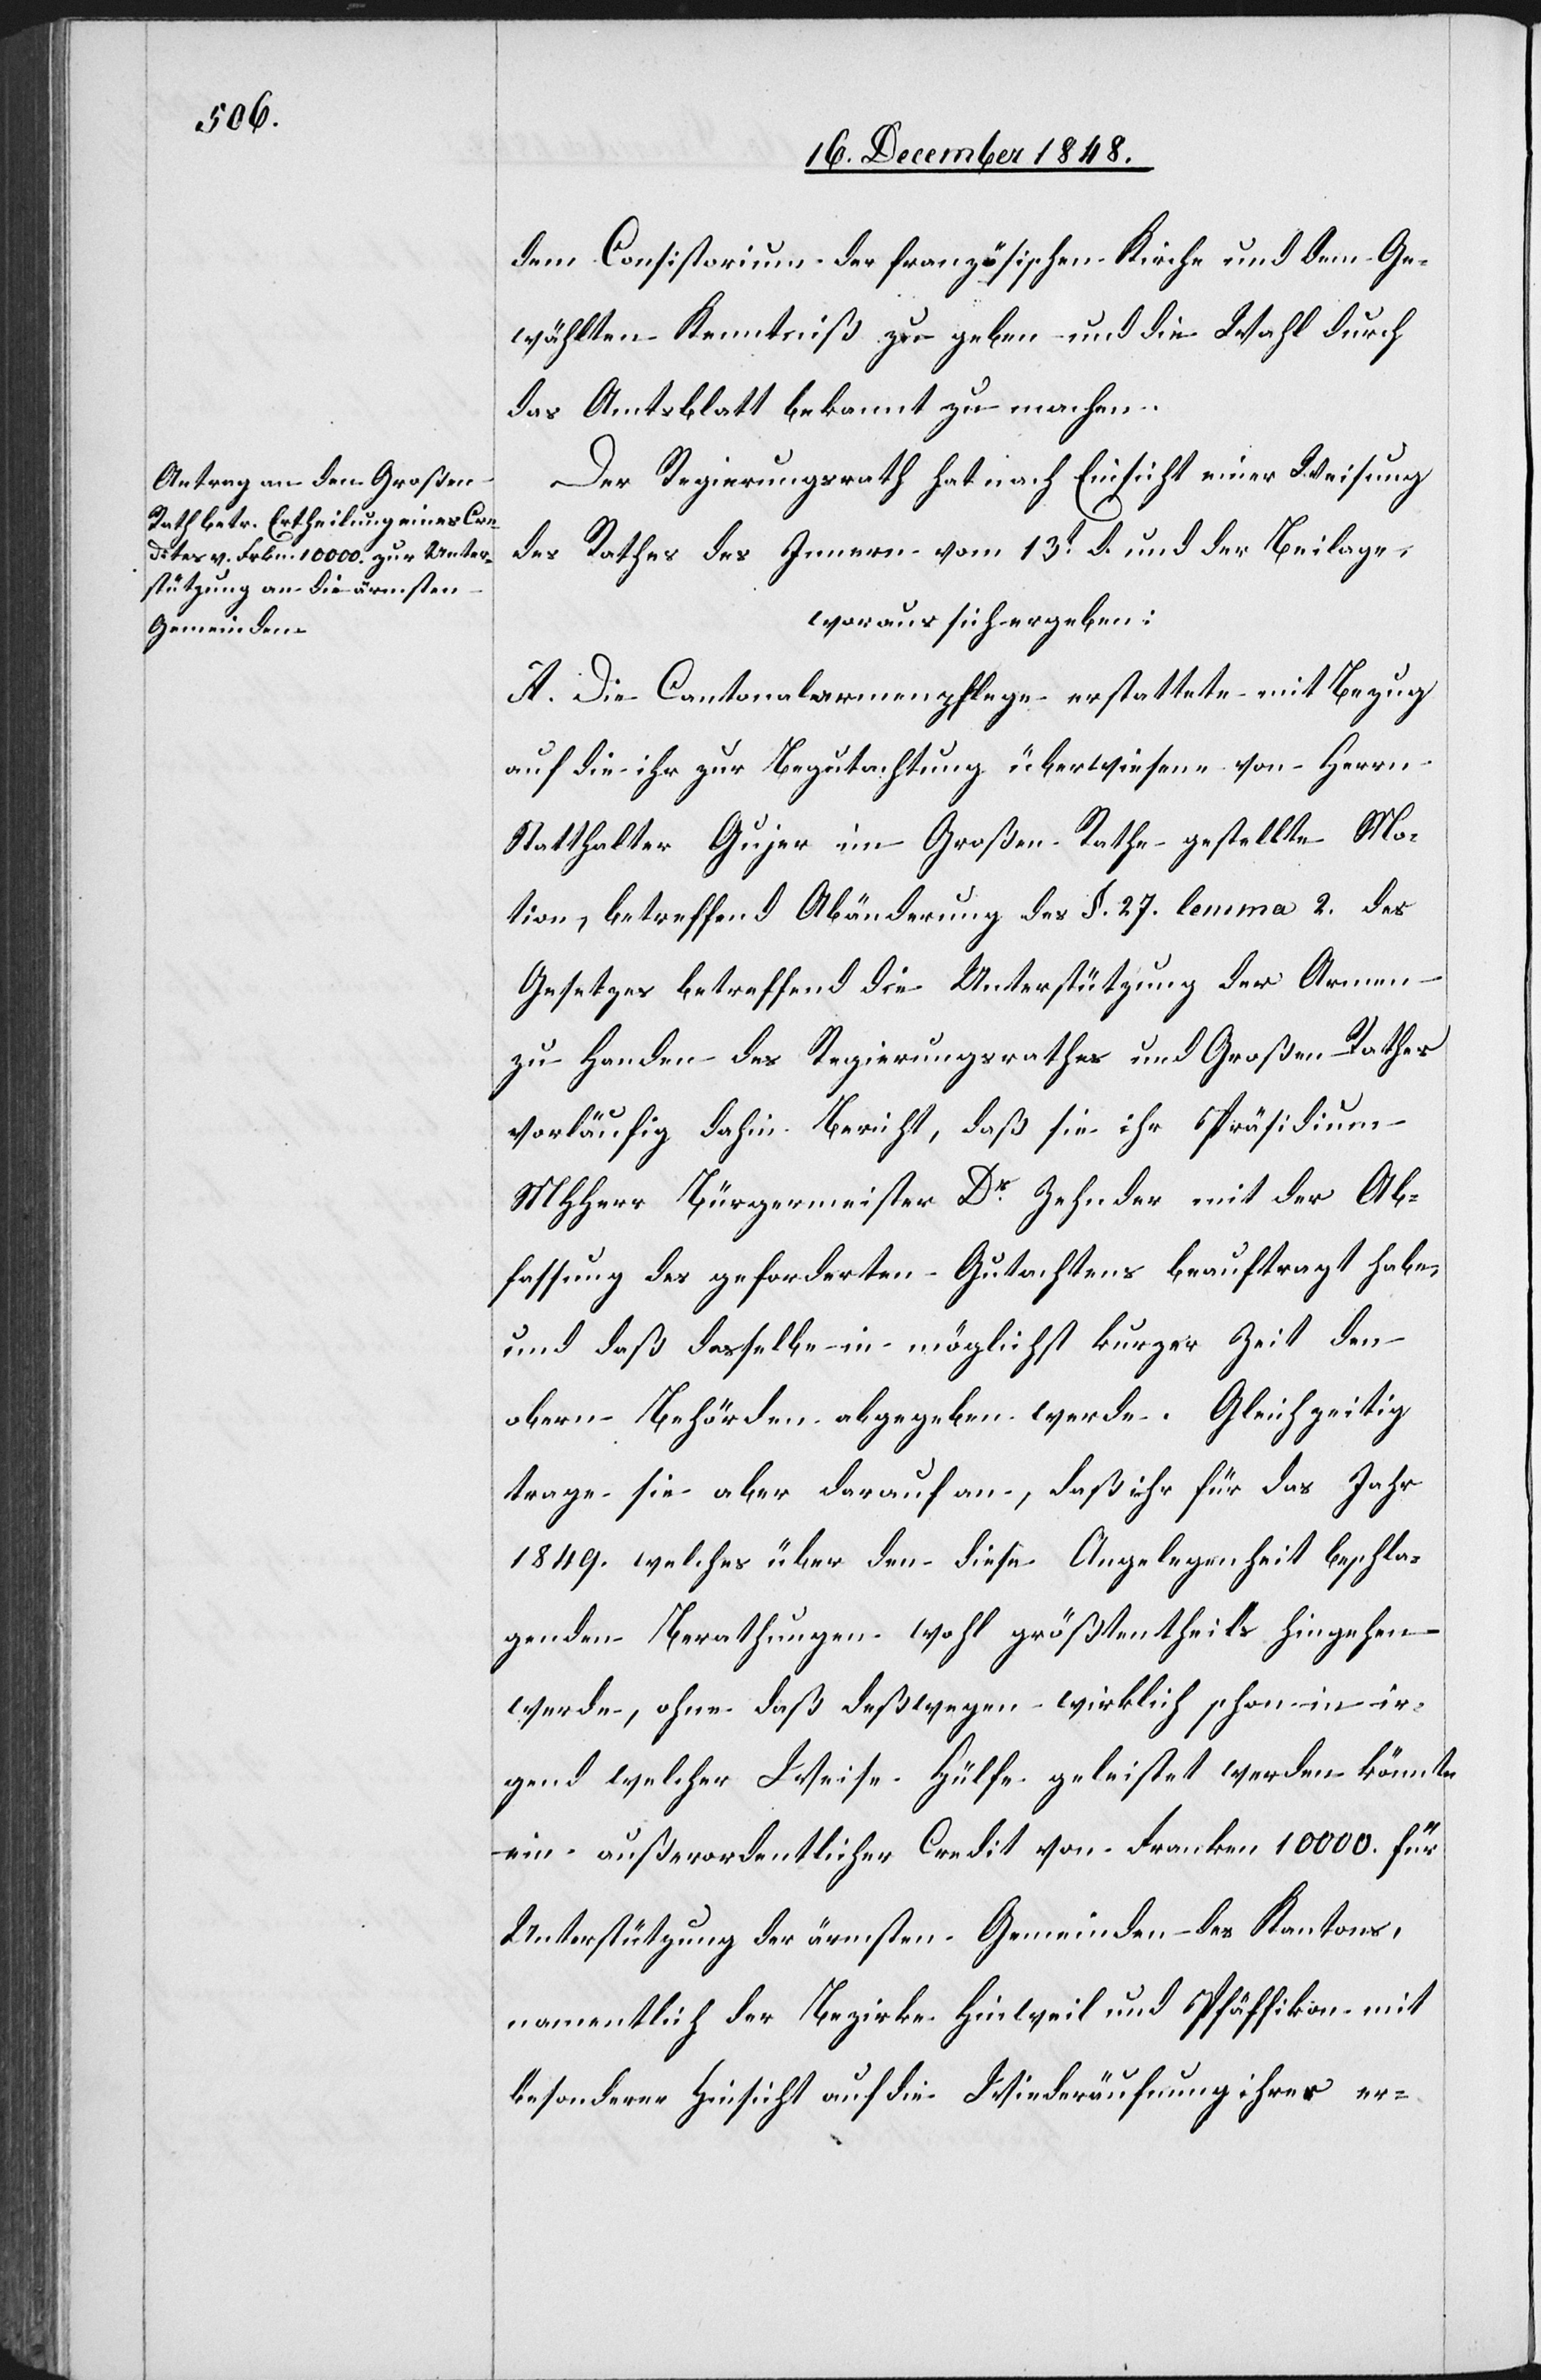
dem Consistorium der französischen Kirche und dem Ge¬
wählten Kenntniß zu geben und die Wahl durch
das Amtsblatt bekannt zu machen.
Der Regierungsrath hat nach Einsicht einer Weisung
des Rathes des Innern vom 13t d. und der Beilage,
woraus sich ergeben:
A. die Cantonalarmenpflege erstattete mit Bezug
auf die ihr zur Begutachtung überwiesene von Herrn
Statthalter Gujer im Großen Rathe gestellte Mo¬
tion, betreffend Abänderung des §. 27. lemma 2. des
Gesetzes betreffend die Unterstützung der Armen
zu Handen des Regierungsrathes und Großen Rathes
vorläufig dahin Bericht, daß sie ihr Präsidium
MHHerr Bürgermeister Dr Zehnder mit der Ab¬
fassung des geforderten Gutachtens beauftragt habe,
und daß dasselbe in möglichst kurzer Zeit den
obern Behörden abgegeben werde. Gleichzeitig
trage sie aber darauf an, daß ihr für das Jahr
1849. welches über den diese Angelegenheit beschla¬
genden Berathungen wohl größtentheils hingehen
werde, ohne daß deßwegen wirklich schon in ir¬
gend welcher Weise Hülfe geleistet werden könnte
ein außerordentlicher Credit von Franken 10 000. für
Unterstützung der ärmsten Gemeinden des Kantons,
namentlich der Bezirke Hinweil und Pfäffikon mit
besonderer Hinsicht auf die Wiederäufnung ihrer er-